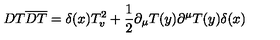
D T \overline { { D T } } = \delta ( x ) T _ { v } ^ { 2 } + \frac { 1 } { 2 } \partial _ { \mu } T ( y ) \partial ^ { \mu } T ( y ) \delta ( x )